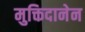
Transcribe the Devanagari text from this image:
मुक्तिदानेन